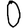
Digit: 0